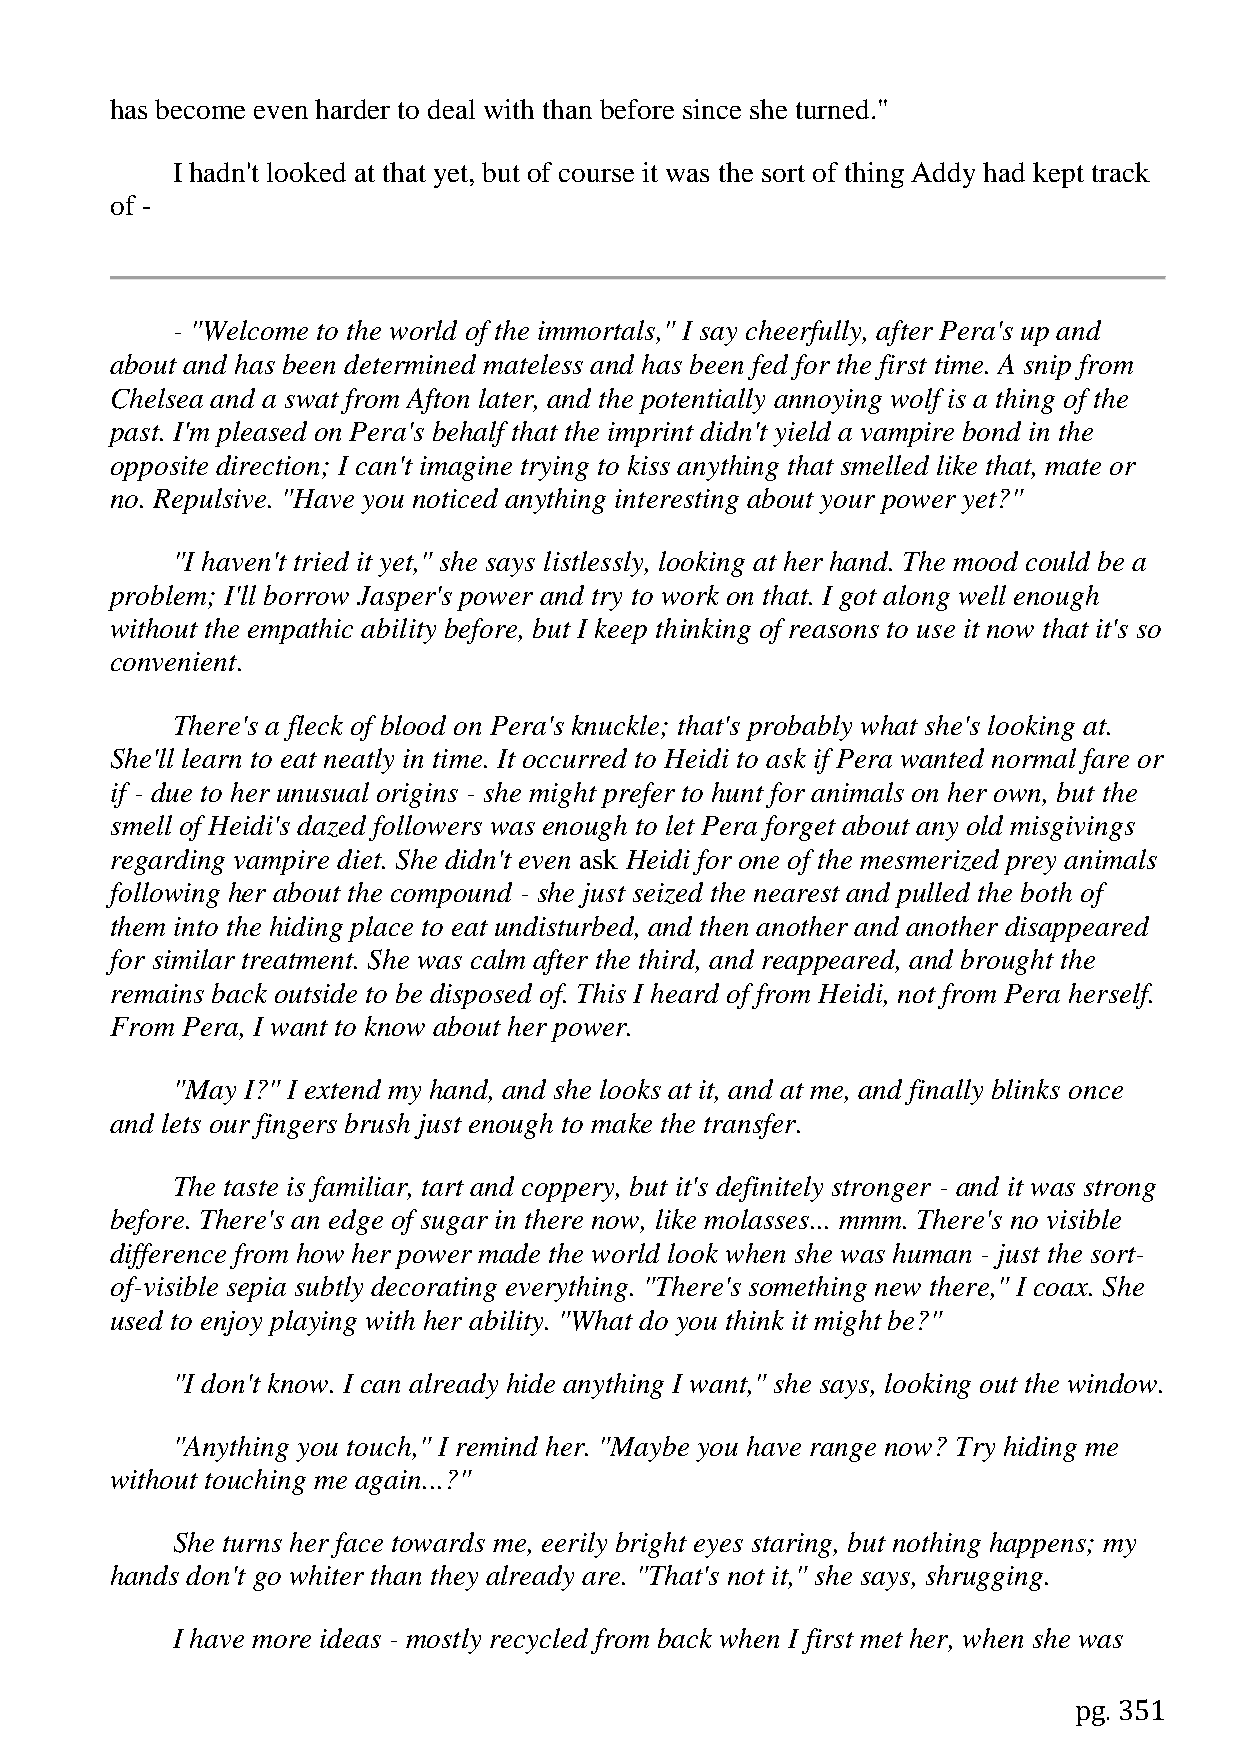
has become even harder to deal with than before since she turned."
 I hadn't looked at that yet, but of course it was the sort of thing Addy had kept track
 of -
 - "Welcome to the world of the immortals," I say cheerfully, after Pera's up and
 about and has been determined mateless and has been fed for the first time. A snip from
 Chelsea and a swat from Afton later, and the potentially annoying wolf is a thing of the
 past. I'm pleased on Pera's behalf that the imprint didn't yield a vampire bond in the
 opposite direction; I can't imagine trying to kiss anything that smelled like that, mate or
 no. Repulsive. "Have you noticed anything interesting about your power yet?"
 "I haven't tried it yet," she says listlessly, looking at her hand. The mood could be a
 problem; I'll borrow Jasper's power and try to work on that. I got along well enough
 without the empathic ability before, but I keep thinking of reasons to use it now that it's so
 convenient.
 There's a fleck of blood on Pera's knuckle; that's probably what she's looking at.
 She'll learn to eat neatly in time. It occurred to Heidi to ask if Pera wanted normal fare or
 if - due to her unusual origins - she might prefer to hunt for animals on her own, but the
 smell of Heidi's dazed followers was enough to let Pera forget about any old misgivings
 regarding vampire diet. She didn't even ask Heidi for one of the mesmerized prey animals
 following her about the compound - she just seized the nearest and pulled the both of
 them into the hiding place to eat undisturbed, and then another and another disappeared
 for similar treatment. She was calm after the third, and reappeared, and brought the
 remains back outside to be disposed of. This I heard of from Heidi, not from Pera herself.
 From Pera, I want to know about her power.
 "May I?" I extend my hand, and she looks at it, and at me, and finally blinks once
 and lets our fingers brush just enough to make the transfer.
 The taste is familiar, tart and coppery, but it's definitely stronger - and it was strong
 before. There's an edge of sugar in there now, like molasses... mmm. There's no visible
 difference from how her power made the world look when she was human - just the sort-
 of-visible sepia subtly decorating everything. "There's something new there," I coax. She
 used to enjoy playing with her ability. "What do you think it might be?"
 "I don't know. I can already hide anything I want," she says, looking out the window.
 "Anything you touch," I remind her. "Maybe you have range now? Try hiding me
 without touching me again...?"
 She turns her face towards me, eerily bright eyes staring, but nothing happens; my
 hands don't go whiter than they already are. "That's not it," she says, shrugging.
 I have more ideas - mostly recycled from back when I first met her, when she was
 pg. 351